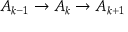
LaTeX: A _ { k - 1 } \to A _ { k } \to A _ { k + 1 }